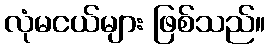
လုံမငယ်များ ဖြစ်သည်။